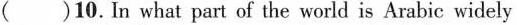
( )10. In what part of the world is Arabic widely